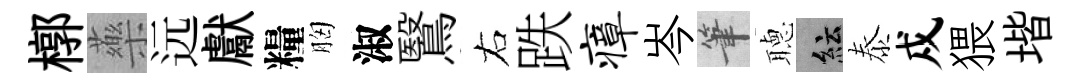
槨藥远獻糧胸淑鷖右跌瘴岑筆𦗟紜泰戍猥堦